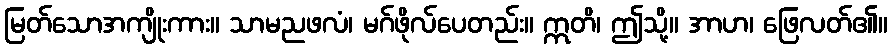
မြတ်သောအကျိုးကား။ သာမညဖလံ၊ မဂ်ဖိုလ်ပေတည်း။ ဣတိ၊ ဤသို့။ အာဟ၊ ဖြေလတ်၏။